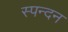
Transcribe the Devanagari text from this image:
स्‍पन्‍दन